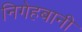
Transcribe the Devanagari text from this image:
निगेहबानी